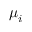
\boldsymbol { \mu } _ { i }